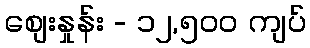
စျေးနှုန်း - ၁၂,၅၀၀ ကျပ်